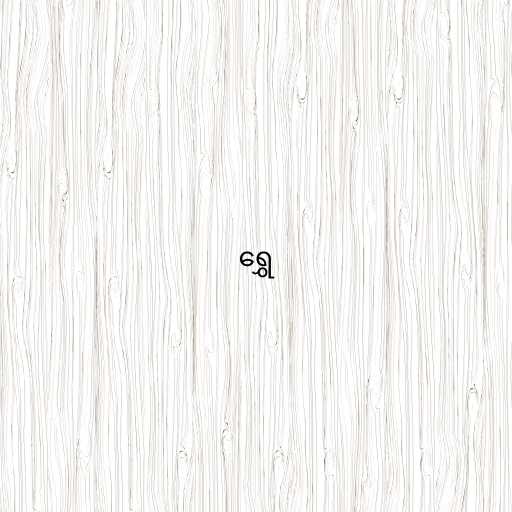
ရွှေ